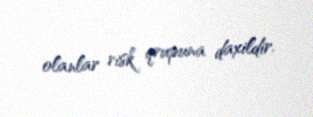
olanlar risk qrupuna daxildir.